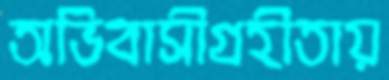
অভিবাসীগ্রহীতায়